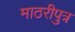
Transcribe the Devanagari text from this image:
माठरीपुत्र